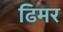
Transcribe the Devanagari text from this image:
ढिमर